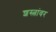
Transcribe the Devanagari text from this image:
शस्त्रांवर